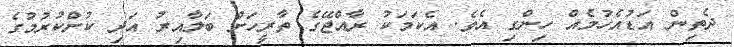
ދެތިން އަޑުއެހުމެއް ހިންގި އެވެ. އެކަމަކު ރާއްޖޭގެ ތާރީހަށް ބަލާއިރު އަދި ކުށްކުރުމުގެ